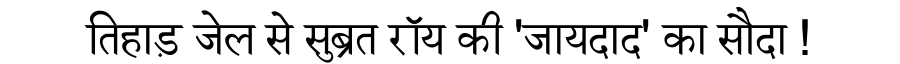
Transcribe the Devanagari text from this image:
तिहाड़ जेल से सुब्रत रॉय की 'जायदाद' का सौदा !